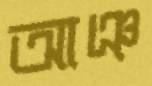
আঞ